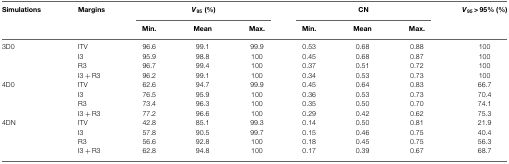
<table><thead><tr><td><b>Simulations</b></td><td><b>Margins</b></td><td colspan="3"><b><i>V</i><sub>95</sub> (%)</b></td><td colspan="3"><b>CN</b></td><td><b><i>V</i><sub>95</sub> &gt; 95% (%)</b></td></tr><tr><td></td><td></td><td><b>Min.</b></td><td><b>Mean</b></td><td><b>Max.</b></td><td><b>Min.</b></td><td><b>Mean</b></td><td><b>Max.</b></td><td></td></tr></thead><tbody><tr><td>3D0</td><td>ITV</td><td>96.6</td><td>99.1</td><td>99.9</td><td>0.53</td><td>0.68</td><td>0.88</td><td>100</td></tr><tr><td></td><td>I3</td><td>95.9</td><td>98.8</td><td>100</td><td>0.45</td><td>0.68</td><td>0.87</td><td>100</td></tr><tr><td></td><td>R3</td><td>96.7</td><td>99.4</td><td>100</td><td>0.37</td><td>0.51</td><td>0.72</td><td>100</td></tr><tr><td></td><td>I3 + R3</td><td>96.2</td><td>99.1</td><td>100</td><td>0.34</td><td>0.53</td><td>0.73</td><td>100</td></tr><tr><td>4D0</td><td>ITV</td><td>62.6</td><td>94.7</td><td>99.9</td><td>0.45</td><td>0.64</td><td>0.83</td><td>66.7</td></tr><tr><td></td><td>I3</td><td>76.5</td><td>95.9</td><td>100</td><td>0.36</td><td>0.53</td><td>0.73</td><td>70.4</td></tr><tr><td></td><td>R3</td><td>73.4</td><td>96.3</td><td>100</td><td>0.35</td><td>0.50</td><td>0.70</td><td>74.1</td></tr><tr><td></td><td>I3 + R3</td><td>77.2</td><td>96.6</td><td>100</td><td>0.29</td><td>0.42</td><td>0.62</td><td>75.3</td></tr><tr><td>4DN</td><td>ITV</td><td>42.8</td><td>85.1</td><td>99.3</td><td>0.14</td><td>0.50</td><td>0.81</td><td>21.9</td></tr><tr><td></td><td>I3</td><td>57.8</td><td>90.5</td><td>99.7</td><td>0.15</td><td>0.46</td><td>0.75</td><td>40.4</td></tr><tr><td></td><td>R3</td><td>56.6</td><td>92.8</td><td>100</td><td>0.18</td><td>0.45</td><td>0.75</td><td>56.3</td></tr><tr><td></td><td>I3 + R3</td><td>62.8</td><td>94.8</td><td>100</td><td>0.17</td><td>0.39</td><td>0.67</td><td>68.7</td></tr></tbody></table>